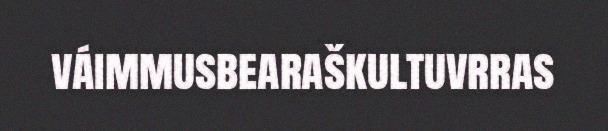
váimmusbearaškultuvrras